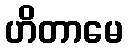
ဟိတာမေ